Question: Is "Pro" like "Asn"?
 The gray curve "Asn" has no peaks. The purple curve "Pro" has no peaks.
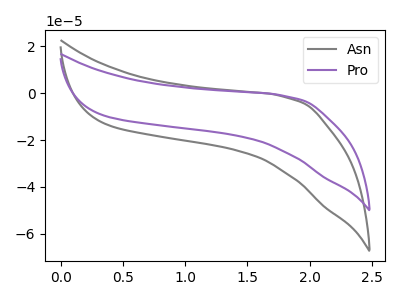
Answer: <think>Neither "Pro" or "Asn" have any peaks.
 </think>
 <answer>"Pro" and "Asn" are similar in shape.</answer>
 <eval>same_shape</eval>